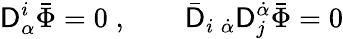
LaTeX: \mathsf{D}_{\alpha}^{i}\bar{{\Phi}}=0\; ,\qquad\bar{{\mathsf{D}}}_{i\; \dot{{\alpha}}}\mathsf{D}_{j}^{\dot{{\alpha}}}\bar{{\Phi}}=0